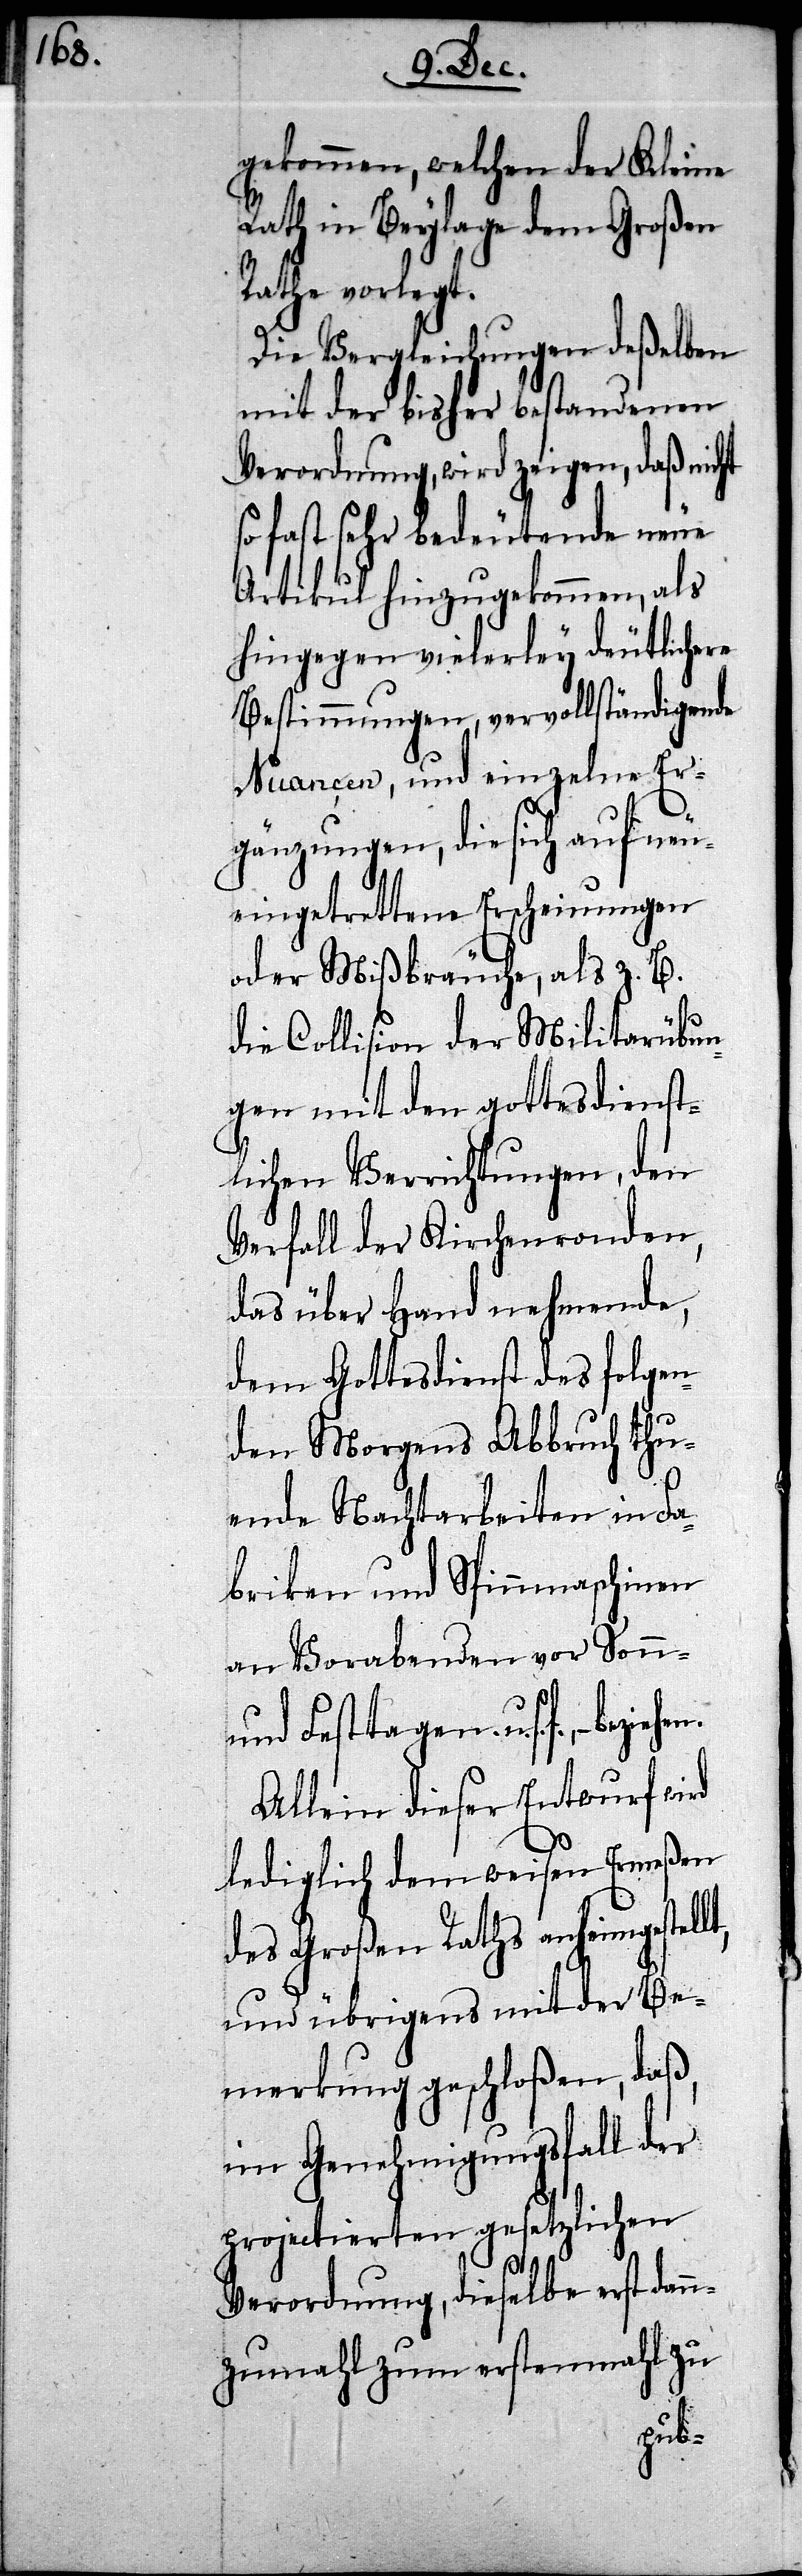
gekommen, welcher der Kleine
Rath in Beylage dem Großen
Rathe vorlegt.
Die Vergleichungen deßelben
mit der bisher bestandenen
fast sehr bedeutende neue
Artikul hinzugekommen, als
hingegen vielerley deutlichere
Bestimmungen, vervollständigende
Nuancen, und einzelne Er¬
gänzungen, die sich auf neu¬
eingetrettene Erscheinungen
oder Mißbräuche, als z. B.
die Collision der Militarübun¬
gen mit den gottesdienst¬
lichen Verrichtungen, den
Verfall der Kirchenronden,
das über Hand nehmende,
dem Gottesdienst des folgen¬
den Morgens Abbruch thu¬
ende Nachtarbeiten in Fa¬
briken und Spinnmaschinen
an Vorabenden vor Sonn-
und Festtagen. u. s. w., –
Allein dieser Entwurf wird
lediglich dem weisen Ermeßen
des Großen Raths anheimgestel¬
und übrigens mit der Be¬
merkung geschloßen, daß,
im Genehmigungsfall der
projectierten gesetzlichen
Verordnung, dieselbe erst dan¬
nzumahl zum erstenmahl zu
lt,